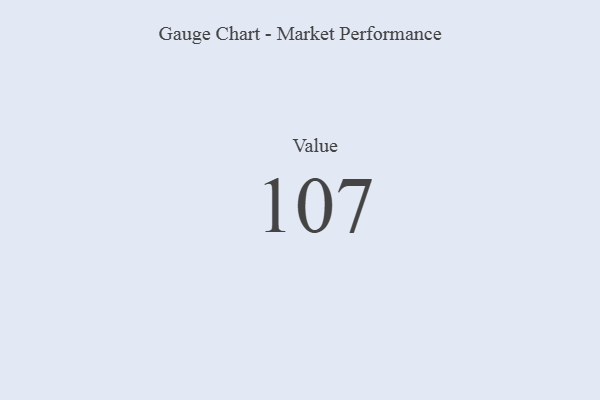
{"axis": {"x": "Metric", "y": "Value"}, "legend": [""], "data": [{"x": "Value", "y": 107, "type": ""}]}